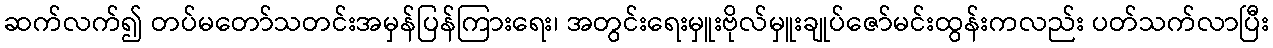
ဆက်လက်၍ တပ်မတော်သတင်းအမှန်ပြန်ကြားရေး၊ အတွင်းရေးမှူးဗိုလ်မှူးချုပ်ဇော်မင်းထွန်းကလည်း ပတ်သက်လာပြီး